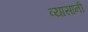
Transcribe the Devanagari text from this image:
व्यासानी